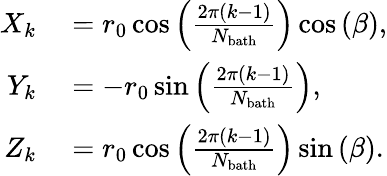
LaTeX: \begin{array}{rl}{X_{k}}&{{}=r_{0}\cos\left(\frac{2\pi(k-1)}{N_{\mathrm{bath}}}\right)\cos\left(\beta\right),}\\ {Y_{k}}&{{}=-r_{0}\sin\left(\frac{2\pi(k-1)}{N_{\mathrm{bath}}}\right),}\\ {Z_{k}}&{{}=r_{0}\cos\left(\frac{2\pi(k-1)}{N_{\mathrm{bath}}}\right)\sin\left(\beta\right).}\end{array}